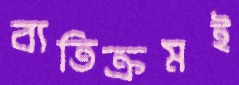
ব্যতিক্রমই